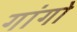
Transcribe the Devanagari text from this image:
गांगो